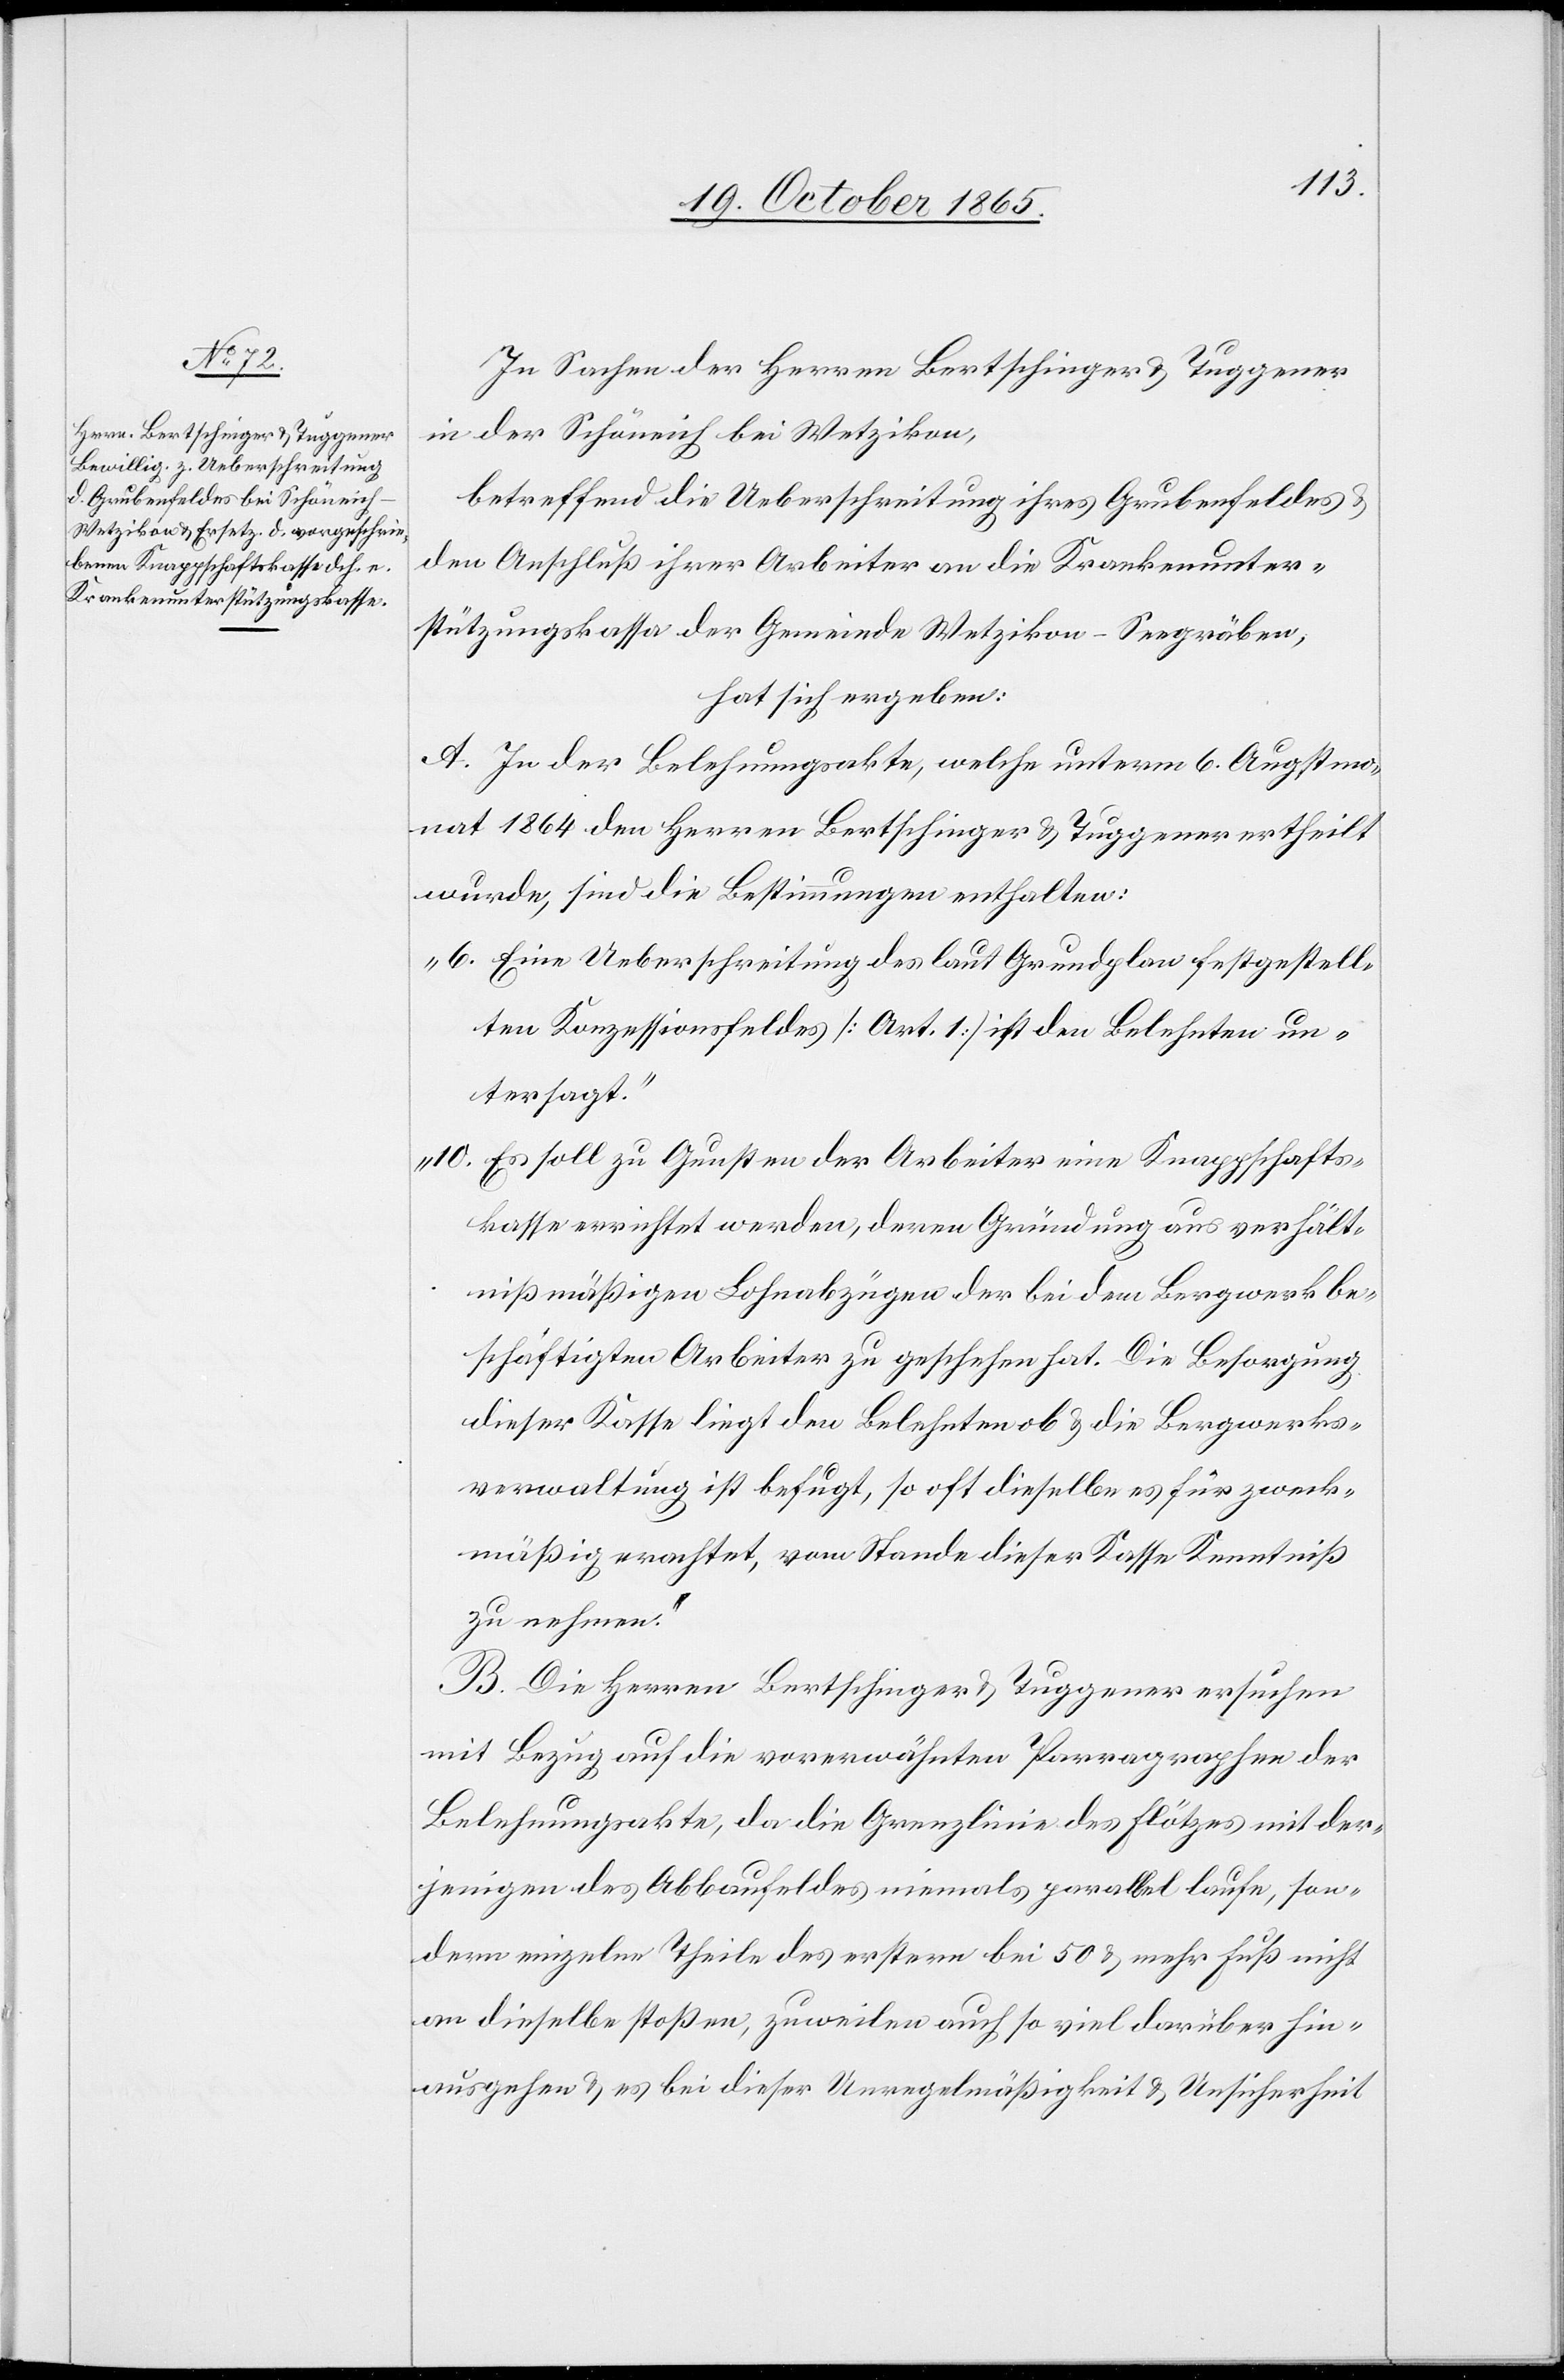
In Sachen der Herren Bertschinger & Tuggener
in der Schöneich bei Wetzikon,
betreffend die Ueberschreitung ihres Grubenfeldes &
den Anschluß ihrer Arbeiter an die Krankenunter¬
stützungskasse der Gemeinde Wetzikon-Seegräben,
hat sich ergeben:
A. In der Belehnungsakte, welche unterm 6. Augstmo¬
nat 1864 den Herren Bertschinger & Tuggener ertheilt
wurde, sind die Bestimmungen enthalten:
„6. Eine Ueberschreitung des laut Grundplan festgestell¬
ten Konzessionsfeldes [Art. 1] ist den Belehnten un¬
tersagt.“
„10. Es soll zu Gunsten der Arbeiter eine Knappschafts¬
kasse errichtet werden, deren Gründung aus verhält¬
nißmäßigen Lohnabzügen der bei dem Bergwerk be¬
schäftigten Arbeiter zu geschehen hat. Die Besorgung
dieser Kasse liegt den Belehnten ob & die Bergwerks¬
verwaltung ist befugt, so oft dieselbe es für zweck¬
mäßig erachtet, vom Stande dieser Kasse Kenntniß
zu nehmen.“
B. Die Herren Bertschinger & Tuggener ersuchen
mit Bezug auf die vorerwähnten Parragraphen der
Belehnungsakte, da die Grenzlinie des Flötzes mit der¬
jenigen des Abbaufeldes niemals parallel laufe, son¬
dern einzelne Theile des erstern bei 50 & mehr Fuß nicht
an dieselbe stoßen, zuweilen auch so viel darüber hin¬
ausgehen & es bei dieser Unregelmäßigkeit & Unsicherheit